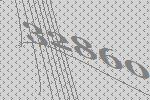
32860